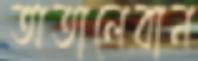
অতালেবান